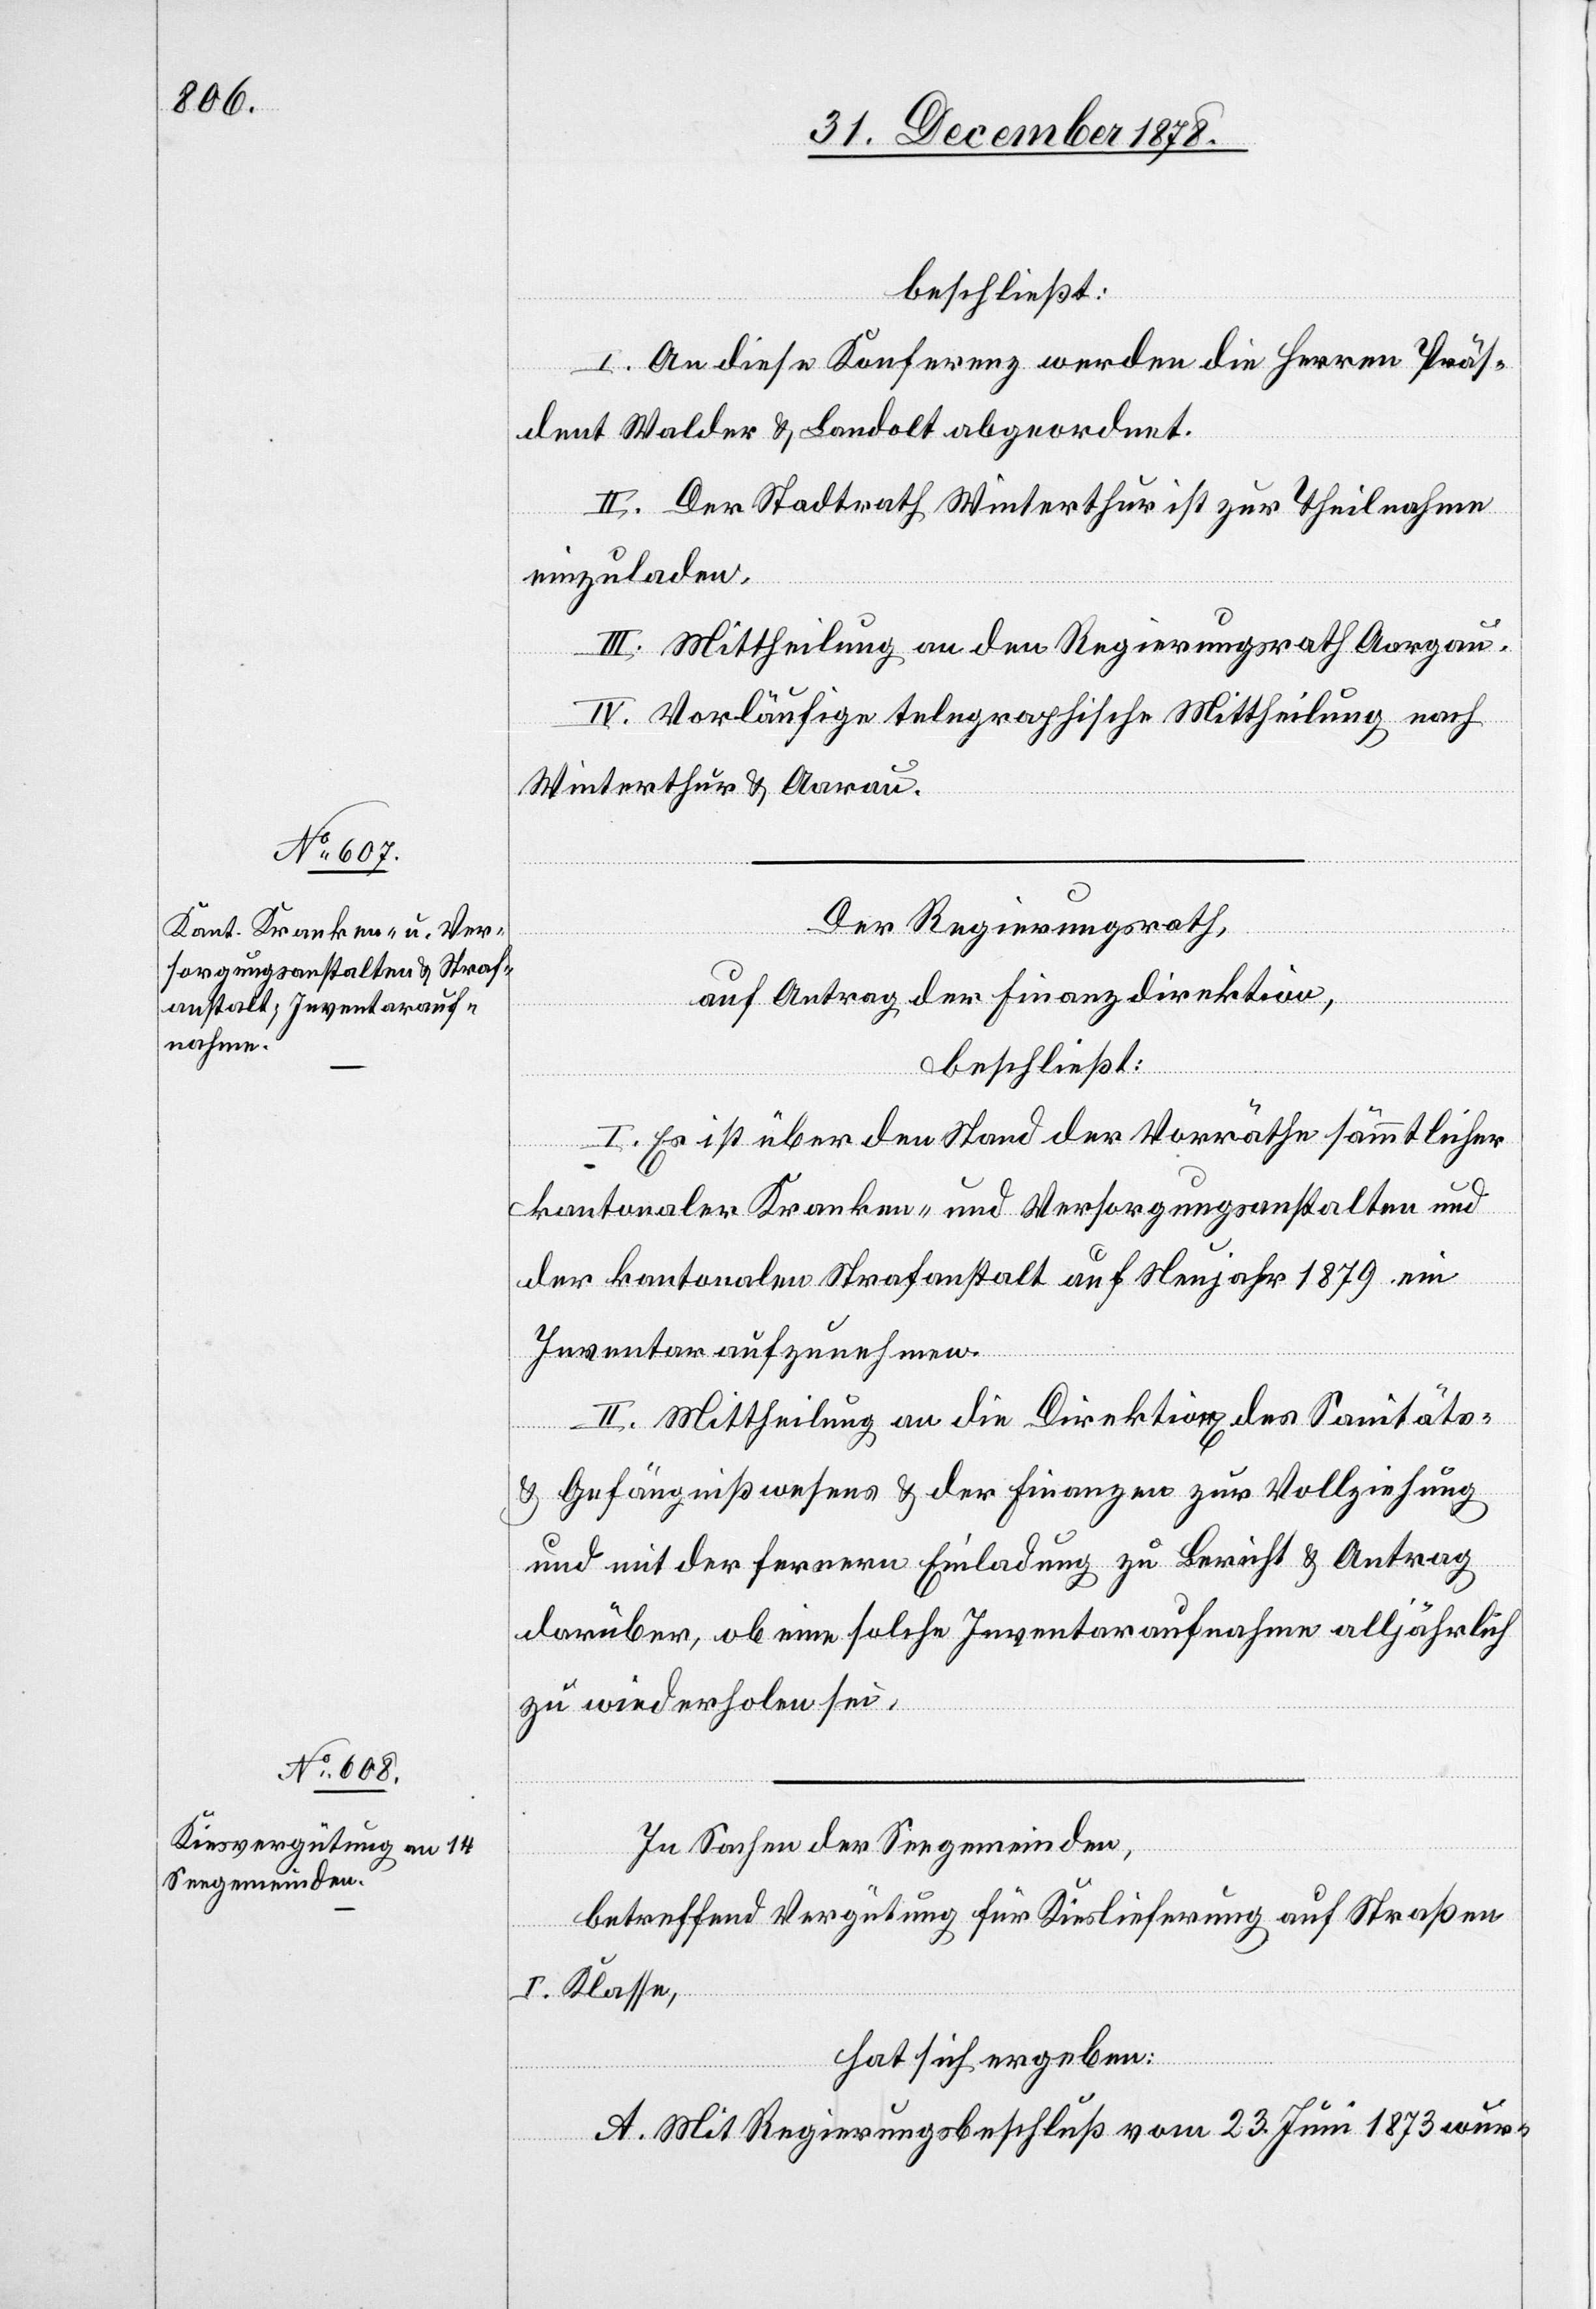
beschließt:
I. An diese Konferenz werden die Herren Prä¬
s[i]dent Walder & Landolt abgeordnet.
II. Der Stadtrath Winterthur ist zur Theilnahme
einzuladen.
III. Mittheilung an den Regierungsrath Aargau.
IV. Vorläufige telegraphische Mittheilung nach
Winterthur & Aarau.
Der Regierungsrath,
auf Antrag der Finanzdirektion,
beschließt:
I. Es ist über den Stand der Vorräthe sämmtlicher
kantonaler Kranken- und Versorgungsanstalten und
der kantonalen Strafanstalt auf Neujahr 1879 ein
Inventar aufzunehmen.
II. Mittheilung an die Direktion[en] des Sanitäts-
& Gefängnißwesens & der Finanzen zur Vollziehung
und mit der fernern Einladung zu Bericht & Antrag
darüber, ob eine solche Inventaraufnahme alljährlich
zu wiederholen sei.
In Sachen der Seegemeinden,
betreffend Vergütung für Kieslieferung auf Straßen
I. Klasse,
hat sich ergeben:
A. Mit Regierungsbeschluß vom 23. Juni 1873 wur-